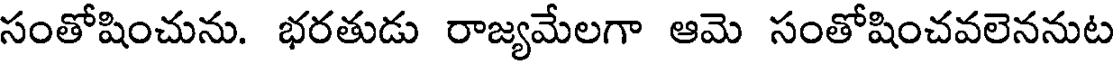
సంతోషించును. భరతుడు రాజ్యమేలగా ఆమె సంతోషించవలెననుట